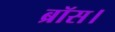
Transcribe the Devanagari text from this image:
ब्रॉस।